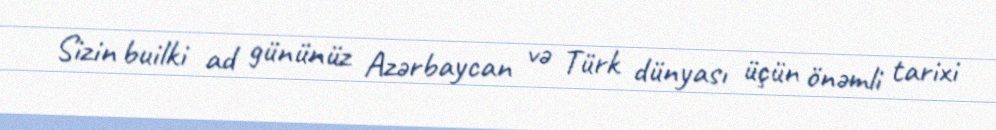
Sizin builki ad gününüz Azərbaycan və Türk dünyası üçün önəmli tarixi